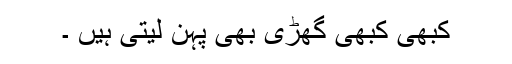
کبھی کبھی گھڑی بھی پہن لیتی ہیں ۔